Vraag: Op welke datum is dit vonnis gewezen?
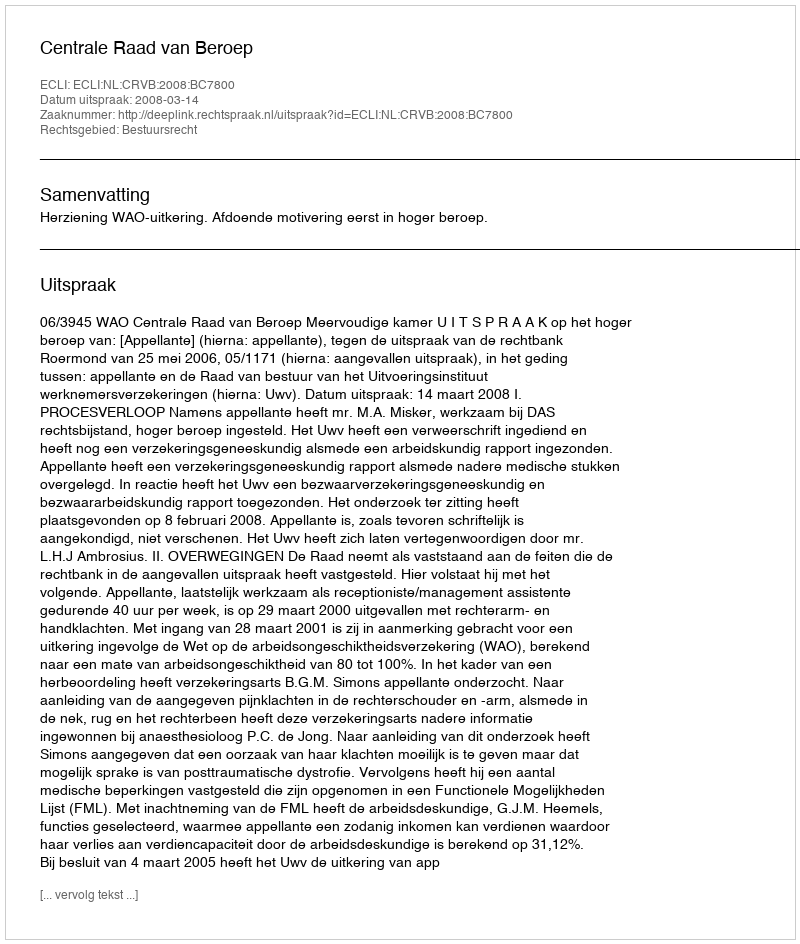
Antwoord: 2008-03-14